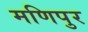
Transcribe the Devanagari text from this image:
मणिपुर